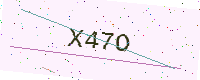
Text: X47O